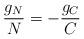
LaTeX: \begin{align*}\frac{g_N}{N}=-\frac{g_C}{C}\end{align*}